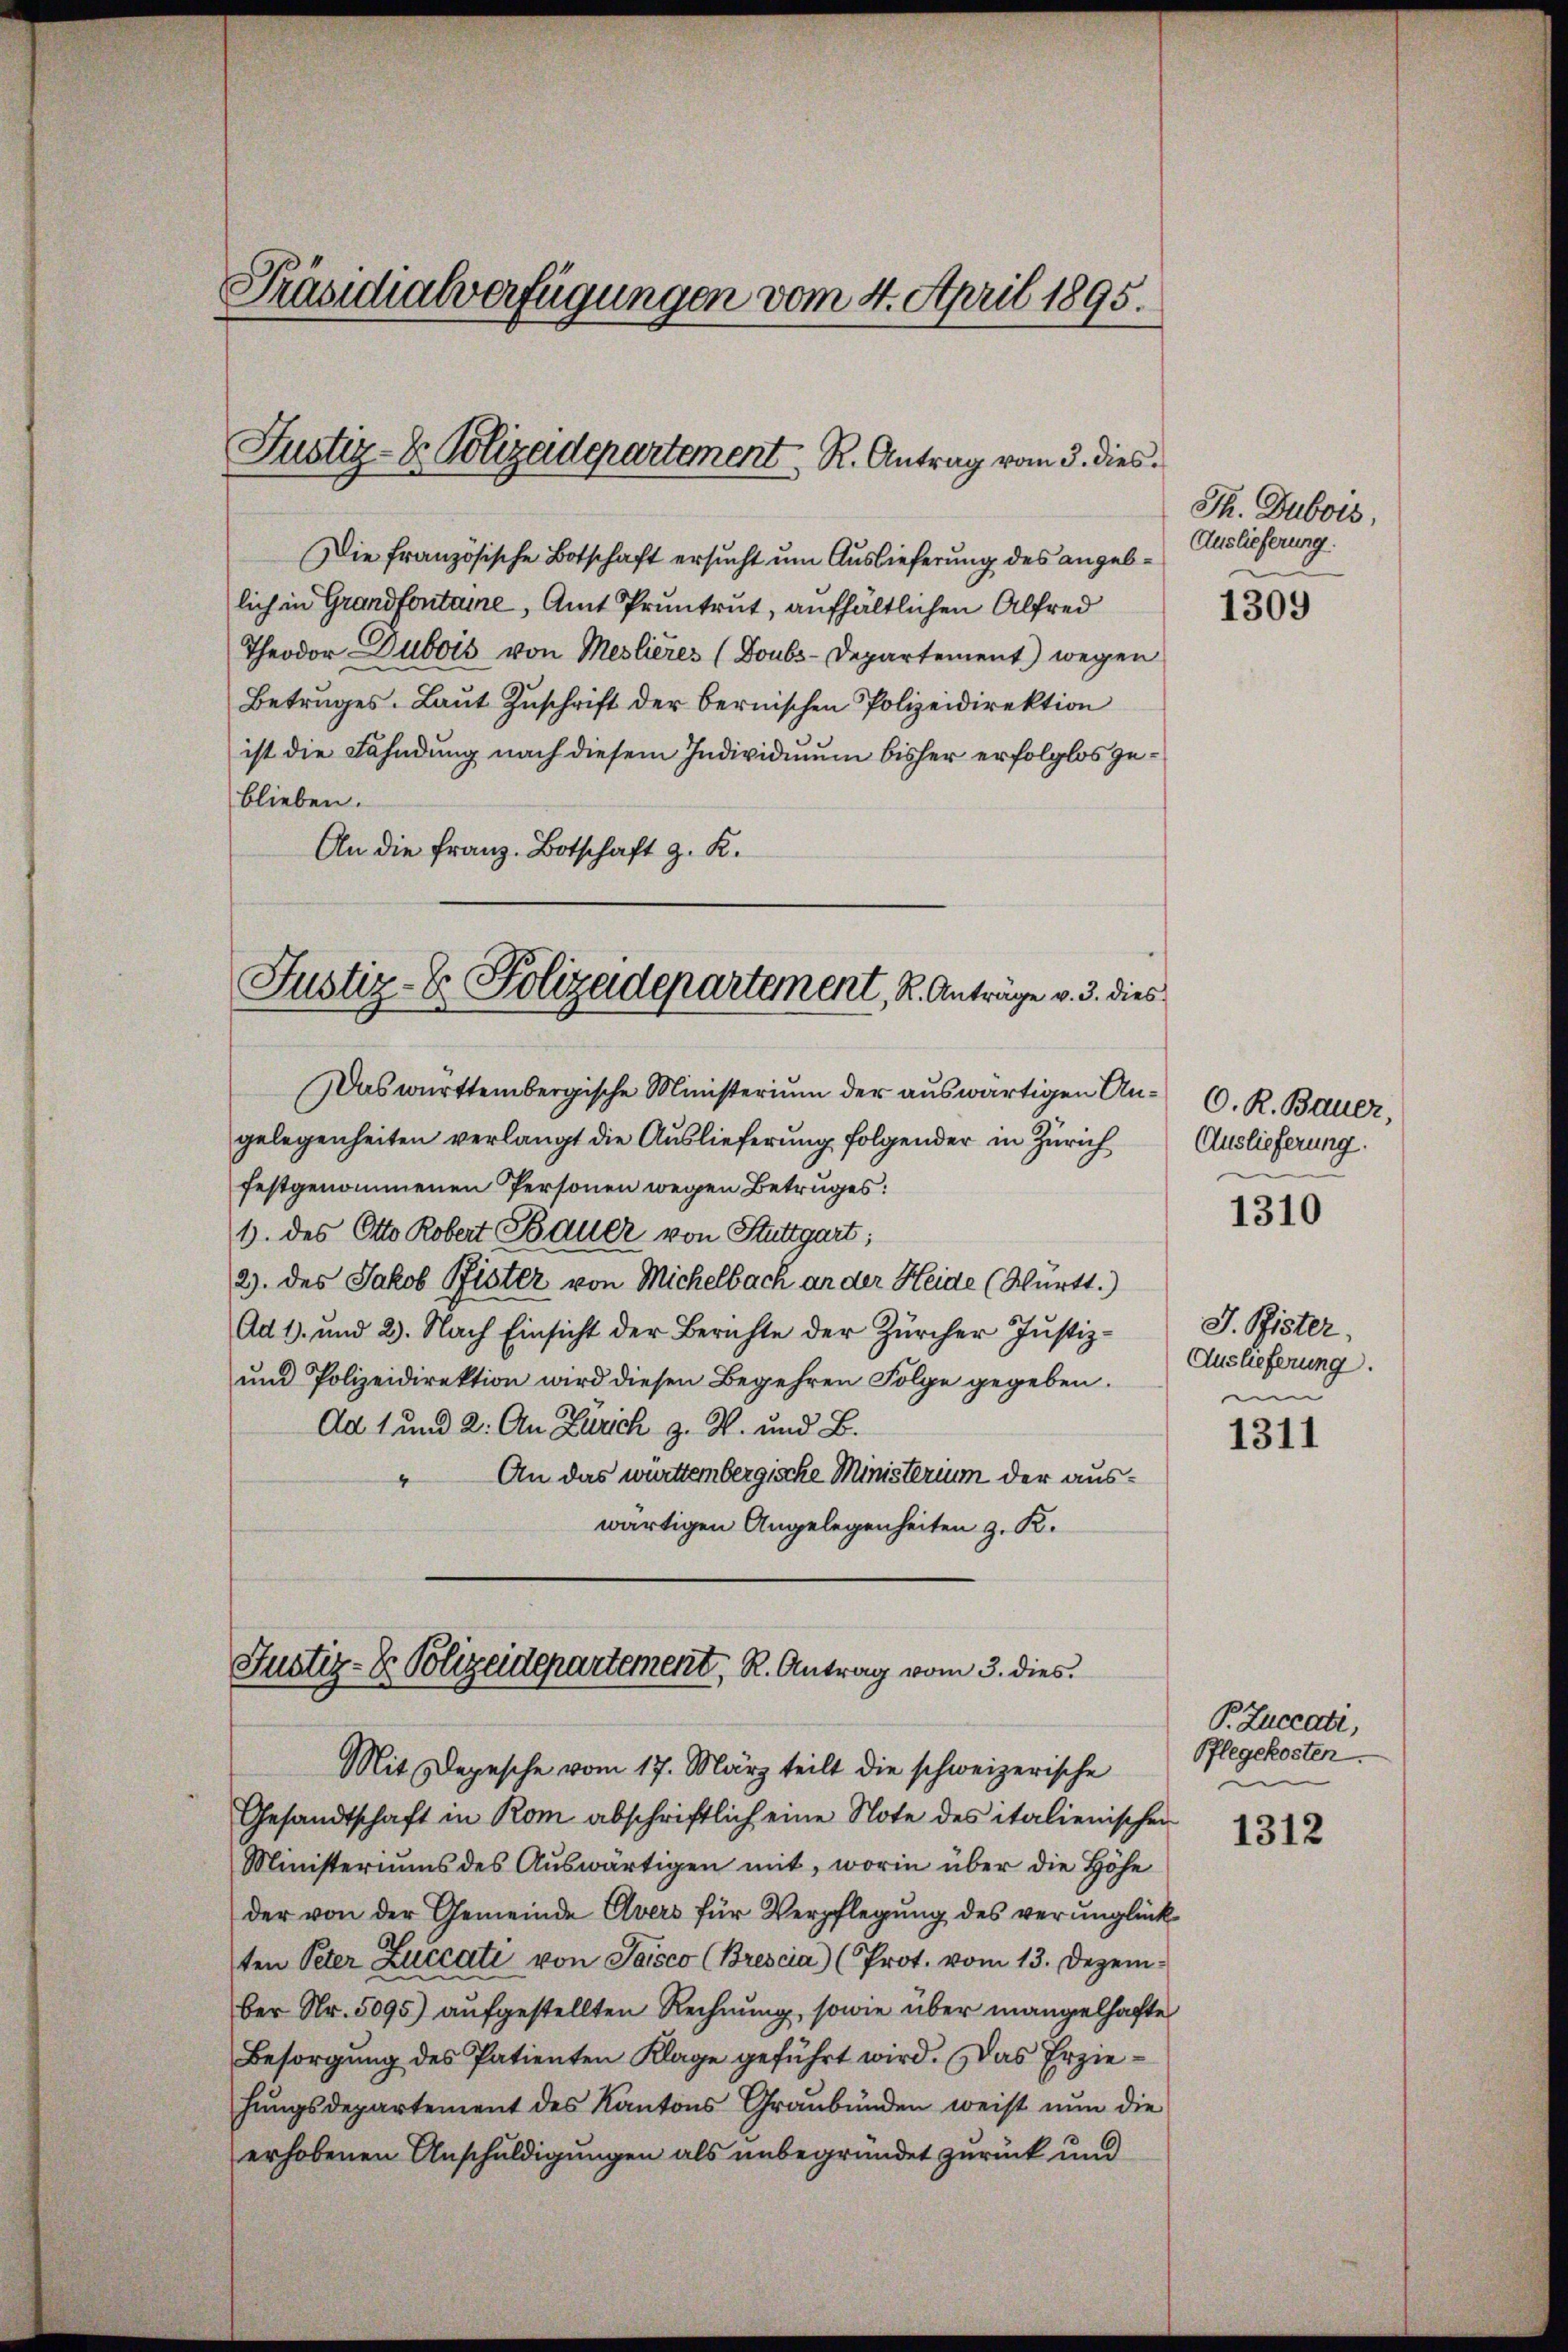
Präsidialverfügungen vom 4. April 1895.

Justiz- & Polizadepartement. R. Antrag vom 3. dies¬

Die französische Botschaft ersucht um Auslieferung des angeblich in Grandfontaine, Amt Pruntrut, aufhältlichen Alfred
Theodor Dubois von Meslières (Doubs-Departement) wegen
Betrages. Laŭt Zŭschrift der bernischen Polizeidirektion
ist die Fahndung nach diesem Individimum bisher erfolglos geblieben.
An die Franz. Botschaft z. K.
Das württembergische Ministerium der auswärtigen Angelegenheiten verlangt die Auslieferung folgender in Zürich
festgenommenen Personen wegen Betruges:
1. des Otto Robert Bauer von Stuttgart;
2). des Jakob Pfister von Michelbach an der Heide (Württ.)
Ad 1. und 2. Nach Einsicht der Berichte der Zürcher Justiz¬
und Polizeidirektion wird diesen Begehren Folge gegeben.
Ad 1 und 2. An Zürich z. W. und B.
An das württembergische Ministerium der auswärtigen Angelegenheiten z. K.

Justiz- & Polizeidepartement, K. Antrage v. 3. dies

Justiz- & Polizeidepartement, R. Antrag vom 3. dies

Mit Depesche vom 17. März teilt die schweizerische
Gesandtschaft in Rom abschriftlich eine Note des italienischen
Ministeriums des Auswärtigen mit, worin über die Höhe
der von der Gemeinde Avers für Verpflegŭng des verunglück
ten Peter Zuccati von Saisco (Brescia) (Prot. vom 13. Dezember Nr. 5095) aufgestellten Rechnung, sowie über mangelhafte
Besorgung des Patienten Klage geführt wird. Das Erziehŭngsdepartement des Kantons Graubünden weist nun die
erhobenen Anschuldigungen als unbegründet zurück und

Th. Dubois,
Auslieferung.

1309

O. R. Bauer,
Auslieferung.

1310

J. Pfister,
Auslieferung.
m

1311

P. Zuccati,
Pflegekosten.

1312